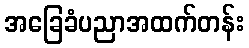
အခြေခံပညာအထက်တန်း